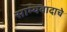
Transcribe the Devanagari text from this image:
साम्यवादाचे